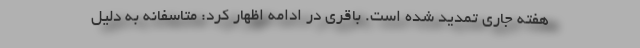
هفته جاری تمدید شده است. باقری در ادامه اظهار کرد: متاسفانه به دلیل